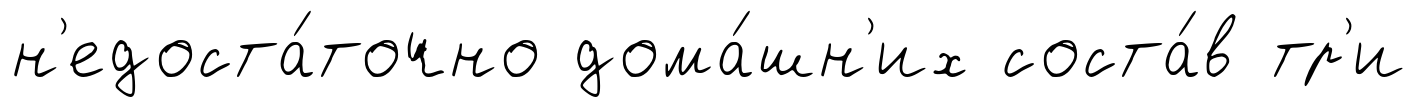
н'едоста́точно дома́шн'их соста́в тр'и